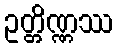
ဥတ္တိဏ္ဏဿ